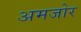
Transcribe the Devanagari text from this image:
अमजोर